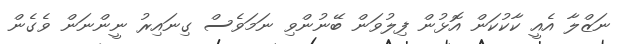
ނަޒްލާ އެއީ ކާކުކަން އޮޅުން ފިލުވަން ބޭނުންވި ނަމަވެސް ގިނައިރު ނީންނަން ވެގެން